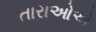
તારાઓએ